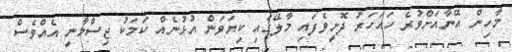
މާހިން އޭނާއަށްވުރެ ހައަހަރު ދޮށީވެފައި މާލޭގައި ކިޔަވަން އުޅުނެއް ކަމަކު ޖިސްމާނީ އެއްވެސް